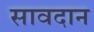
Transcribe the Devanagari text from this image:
सावदान